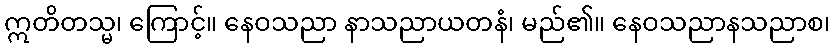
ဣတိတသ္မ၊ ကြောင့်။ နေဝသညာ နာသညာယတနံ၊ မည်၏။ နေဝသညာနသညာစ၊